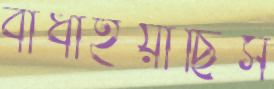
বাঁধাইয়াছিস